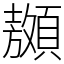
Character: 䫨